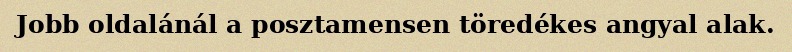
Jobb oldalánál a posztamensen töredékes angyal alak.